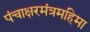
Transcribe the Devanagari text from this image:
पंचाक्षरमंत्रमहिमा